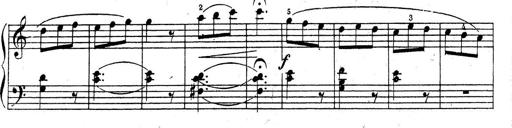
Title: 10 Sonatinas
Composer: Fritz Spindler